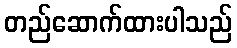
တည်ဆောက်ထားပါသည်